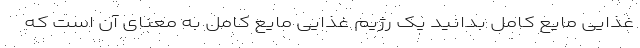
غذایی مایع کامل بدانید یک رژیم غذایی مایع کامل به معنای آن است که